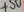
Text: +5V